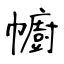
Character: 幮